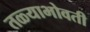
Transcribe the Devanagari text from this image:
तळ्याभोवती